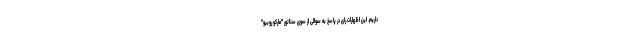
داریم. این اظهارات رای در پاسخ به سوالی از سوی سناتور "مارکو روبیو"